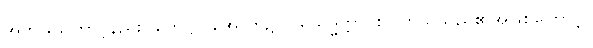
အဘယ်ကြောင့်နည်း။ ဟေဋ္ဌာ၊ အောက်၌။ ပရိသုဒ္ဓတ္တာ၊ စင်ကြယ်သည်၏အဖြစ်ကြောင့်။